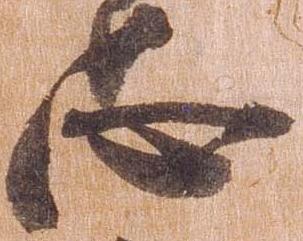
忠